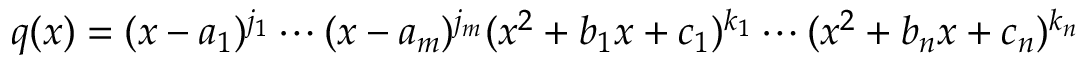
q ( x ) = ( x - a _ { 1 } ) ^ { j _ { 1 } } \cdots ( x - a _ { m } ) ^ { j _ { m } } ( x ^ { 2 } + b _ { 1 } x + c _ { 1 } ) ^ { k _ { 1 } } \cdots ( x ^ { 2 } + b _ { n } x + c _ { n } ) ^ { k _ { n } }